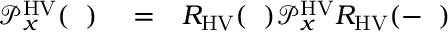
\begin{array} { r l r } { \mathcal { P } _ { x } ^ { \mathrm { H V } } ( { \it \Delta \phi } ) } & { { } = } & { R _ { \mathrm { H V } } ( { \it \Delta \Psi } ) \mathcal { P } _ { x } ^ { \mathrm { H V } } R _ { \mathrm { H V } } ( - { \it \Delta \Psi } ) } \end{array}